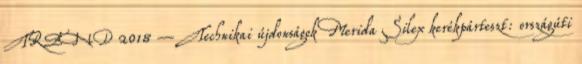
TREND 2018 – Technikai újdonságok Merida Silex kerékpárteszt: országúti